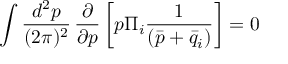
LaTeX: \int { \frac { d ^ { 2 } p } { ( 2 \pi ) ^ { 2 } } \, \frac { \partial } { \partial p } \left[ p \Pi _ { i } \frac { 1 } { ( \bar { p } + \bar { q } _ { i } ) } \right] = 0 }